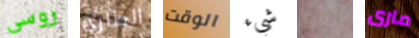
روسى الطارئ الوقت شيء أتعرق مارى